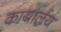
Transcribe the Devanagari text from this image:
कायार्लय